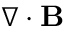
\nabla \cdot { \bf B }